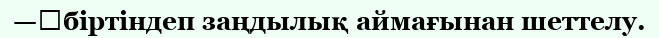
—	біртіндеп заңдылық аймағынан шеттелу.